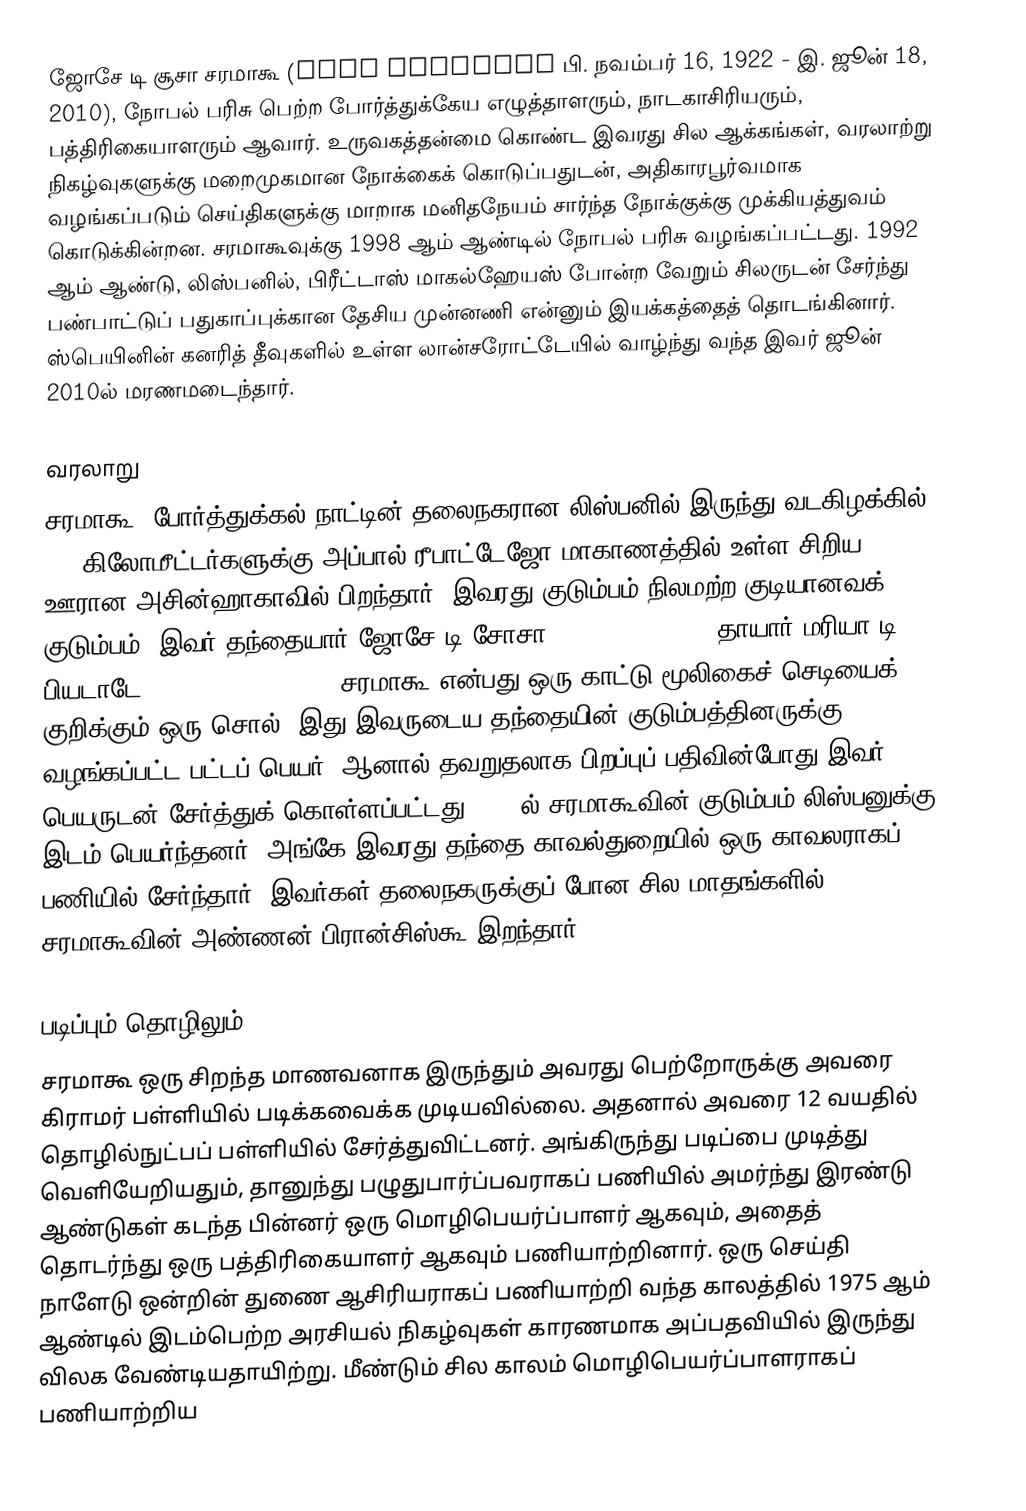
ஜோசே டி சூசா சரமாகூ (José Saramago பி. நவம்பர் 16, 1922 - இ. ஜூன் 18, 2010), நோபல் பரிசு பெற்ற போர்த்துக்கேய எழுத்தாளரும், நாடகாசிரியரும், பத்திரிகையாளரும் ஆவார். உருவகத்தன்மை கொண்ட இவரது சில ஆக்கங்கள், வரலாற்று நிகழ்வுகளுக்கு மறைமுகமான நோக்கைக் கொடுப்பதுடன், அதிகாரபூர்வமாக வழங்கப்படும் செய்திகளுக்கு மாறாக மனிதநேயம் சார்ந்த நோக்குக்கு முக்கியத்துவம் கொடுக்கின்றன. சரமாகூவுக்கு 1998 ஆம் ஆண்டில் நோபல் பரிசு வழங்கப்பட்டது. 1992 ஆம் ஆண்டு, லிஸ்பனில், பிரீட்டாஸ் மாகல்ஹேயஸ் போன்ற வேறும் சிலருடன் சேர்ந்து பண்பாட்டுப் பதுகாப்புக்கான தேசிய முன்னணி என்னும் இயக்கத்தைத் தொடங்கினார். ஸ்பெயினின் கனரித் தீவுகளில் உள்ள லான்சரோட்டேயில் வாழ்ந்து வந்த இவர் ஜூன் 2010ல் மரணமடைந்தார்.

வரலாறு
சரமாகூ, போர்த்துக்கல் நாட்டின் தலைநகரான லிஸ்பனில் இருந்து வடகிழக்கில் 100 கிலோமீட்டர்களுக்கு அப்பால் ரீபாட்டேஜோ மாகாணத்தில் உள்ள சிறிய ஊரான அசின்ஹாகாவில் பிறந்தார். இவரது குடும்பம் நிலமற்ற குடியானவக் குடும்பம். இவர் தந்தையார் ஜோசே டி சோசா (José de Sousa), தாயார் மரியா டி பியடாடே (Maria de Piedade). சரமாகூ என்பது ஒரு காட்டு மூலிகைச் செடியைக் குறிக்கும் ஒரு சொல். இது இவருடைய தந்தையின் குடும்பத்தினருக்கு வழங்கப்பட்ட பட்டப் பெயர். ஆனால் தவறுதலாக பிறப்புப் பதிவின்போது இவர் பெயருடன் சேர்த்துக் கொள்ளப்பட்டது. 1924ல் சரமாகூவின் குடும்பம் லிஸ்பனுக்கு இடம் பெயர்ந்தனர். அங்கே இவரது தந்தை காவல்துறையில் ஒரு காவலராகப் பணியில் சேர்ந்தார். இவர்கள் தலைநகருக்குப் போன சில மாதங்களில் சரமாகூவின் அண்ணன் பிரான்சிஸ்கூ இறந்தார்.

படிப்பும் தொழிலும்
சரமாகூ ஒரு சிறந்த மாணவனாக இருந்தும் அவரது பெற்றோருக்கு அவரை கிராமர் பள்ளியில் படிக்கவைக்க முடியவில்லை. அதனால் அவரை 12 வயதில் தொழில்நுட்பப் பள்ளியில் சேர்த்துவிட்டனர். அங்கிருந்து படிப்பை முடித்து வெளியேறியதும், தானுந்து பழுதுபார்ப்பவராகப் பணியில் அமர்ந்து இரண்டு ஆண்டுகள் கடந்த பின்னர் ஒரு மொழிபெயர்ப்பாளர் ஆகவும், அதைத் தொடர்ந்து ஒரு பத்திரிகையாளர் ஆகவும் பணியாற்றினார். ஒரு செய்தி நாளேடு ஒன்றின் துணை ஆசிரியராகப் பணியாற்றி வந்த காலத்தில் 1975 ஆம் ஆண்டில் இடம்பெற்ற அரசியல் நிகழ்வுகள் காரணமாக அப்பதவியில் இருந்து விலக வேண்டியதாயிற்று. மீண்டும் சில காலம் மொழிபெயர்ப்பாளராகப் பணியாற்றிய